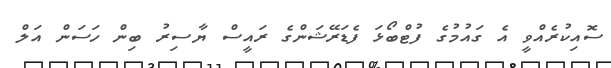
ސޮއިކުރެއްވީ އެ ގައުމުގެ ފުޓްބޯޅަ ފެޑަރޭޝަންގެ ރައީސް ޔާސިރު ބިން ހަސަން އަލް